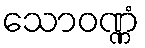
သောဝဏ္ဏံ